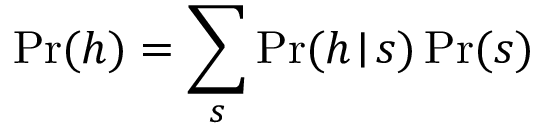
\operatorname* { P r } ( h ) = \sum _ { s } \operatorname* { P r } ( h \! \mid \! s ) \operatorname* { P r } ( s )